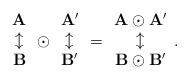
LaTeX: \begin{align*}\begin{array}{c}\mathbf A\\\updownarrow\\\mathbf B\end{array}\odot\begin{array}{c}\mathbf A'\\\updownarrow\\\mathbf B'\end{array}=\begin{array}{c}\mathbf A\odot\mathbf A'\\\updownarrow\\ \mathbf B\odot\mathbf B'\end{array}.\end{align*}